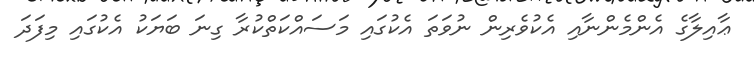
ޢާއިލާގެ އެންމެންނާއި އެކުވެރިން ނުވަތަ އެކުގައި މަސައްކަތްކުރާ ގިނަ ބަޔަކު އެކުގައި މިފަދަ